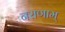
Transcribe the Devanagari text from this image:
नराणाम्